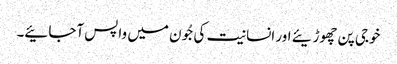
خوجی پن چھوڑیئے اور انسانیت کی جُون میں واپس آجائیے۔